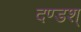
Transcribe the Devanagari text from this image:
दण्डश्